Report on vaccination in Madras 1904-1921 - 1904-1921
Year: 1904
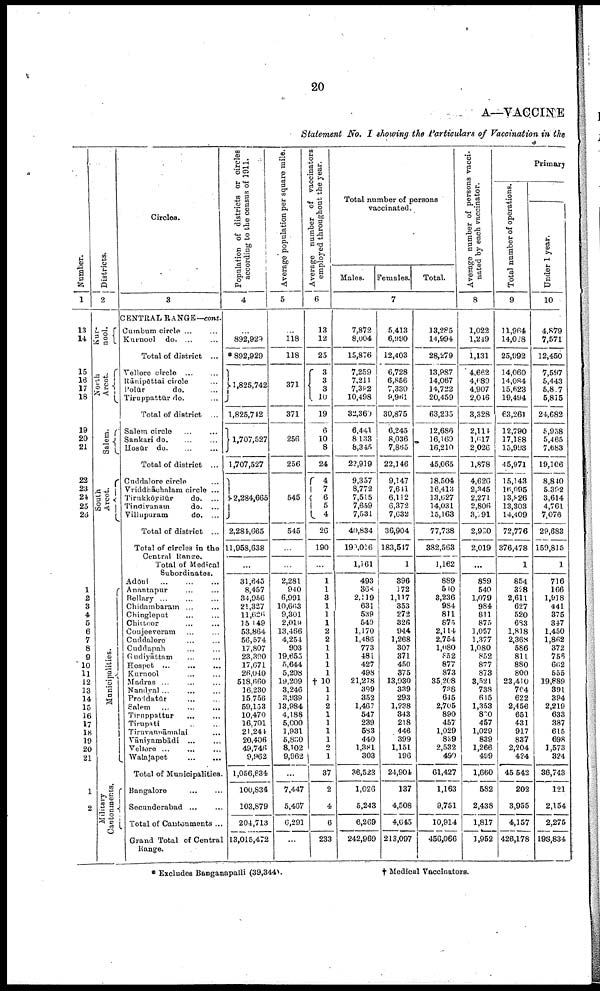
20
A—VACCINE
Statement No. I showing the Particulars of Vaccination in the
Number.
1
13
14
15
18
17
18
19
20
21
22
23
24
25
26
1
2
3
4
5
6
7
8
9
10
11
12
13
14
15
16
17
18
10
20
21
1
2
Districts.
2
Kur-
nool.
North
Arcot.
Salem.
South
Arcot.
Municipalities.
Military
Cantonments.
Circles.
3
CENTRAL RANGE—cant.
Cumbum circle ... ...
Kurnool do. ... ...
Total of district ...
Vellore circle
...
...
Rānipēttai circle ...
Polūr
do. ...
Tiru ppattūr do. ...
Total of district ...
Salem circle ... ...
Sankari do. ... ...
Hosūr do. ... ...
Total of district ...
Cuddalore circle ...
Vriddhāchalam circle ...
Tirukkōyilūr
do. ...
Tindivanam
do. ...
Villupuram
do. ...
Total of district ...
Total of circles in the
Central Range.
Total of Medical
Subordinates.
Adōni
...
...
...
Anantapur ... ...
Bellary ... ... ...
Chidambaram ... ...
Chingleput ... ...
Chittoor ... ...
Conjeeveram ... ...
Cuddalore
...
...
Cuddapah ... ...
Gudiyāttam ... ...
Hospet
...
...
...
Kurnool ... ...
Madras ... ... ...
Nandyal ... ... ...
Proddatūr ... ... ...
Salem ... ... ...
Tiruppattur ... ...
Tirupati ... ...
Tiruvannāmalai ...
Vāniyambādi ... ...
Vellore ...
...
Walajapet
...
...
Total of Municipalities.
Bangalore
...
...
Secunderabad ... ...
Total of Cantonments ...
Grand Total of Central
Range.
Population of districts or circles
according to the census of 1911.
4
...
892,929
* 892,929
1,825,742
1,825,742
1,707,527
1,707,527
2,284,665
2,284,665
11,958,638
...
31,645
8,457
34,956
21,327
11,626
15,149
53,864
56,574
17,807
23,390
17,671
26,040
518,660
16,230
15,756
59,153
10,470
16,701
21,241
20,406
49,746
9,962
1,056,834
100,834
103,879
204,713
13,015,472
Average population per square mile.
5
...
118
118
371
371
256
256
545
545
...
...
2,281
940
6,991
10,663
9,301
2,019
13,466
4,254
903
19,655
5,644
5,208
19,209
3,246
3,939
13,984
4,188
5,000
1,931
5,830
8,102
9,962
...
7,447
5,467
6,291
...
Average number of vaccinators
employed throughout the year.
6
13
12
25
3
3
3
10
19
6
10
8
24
4
7
6
5
4
26
190
...
1
1
3
1
1
1
2
1
1
1
1
1
† 10
1
1
2
1
1
1
1
2
1
37
2
4
6
233
Total number of persons
vaccinated.
Males.
Females.
Total.
7
7,872
8,004
15,876
7,259
7,211
7,302
10,498
32,360
6,441
8,133
8,345
22,919
9,357
8,772
7,515
7,659
7,531
40,834
190,016
1,161
493
368
2,119
631
539
549
1,170
1,486
773
481
427
498
21,278
399
352
1,467
547
239
583
440
1,381
303
36,523
1,026
5,243
6,269
242,969
5,413
6,990
12,403
6,728
6,856
7,330
9,961
30,875
6,245
8,036
7,865
22,146
9,147
7,611
6,112
6,372
7,632
36,904
183,517
1
396
172
1,117
353
272
326
944
1,268
307
371
450
375
13,930
339
293
1,238
343
218
446
399
1,151
196
24,904
137
4,508
4,645
213,097
13,285
14,994
28,279
13,987
14,067
14,722
20,459
63,235
12,686
16,169
16,210
45,065
18,504
16,413
13,627
14,031
15,163
77,738
382,563
1,162
889
510
3,236
984
811
875
2,114
2,754
1,080
852
877
873
35,208
738
645
2,705
890
457
1,029
839
2,532
490
61,427
1,163
9,751
10,914
456,066
Average number of persons vacci-
nated by each vaccinator.
8
1,022
l,219
1,131
4,662
4,689
4,907
2,016
3,328
2,111
1,617
2,026
1,878
4,626
2,345
2,271
2,806
3,191
2,990
2,019
...
889
540
1,079
984
811
875
1,057
1,377
1,080
852
877
873
8,521
738
615
1,353
800
457
1,029
839
1,266
499
1,660
582
2,438
1,817
1,952
Primary
Total number of operations.
9
11,964
14,018
25,992
14,060
14,084
15,623
19,494
63,261
12,790
17,188
15,993
45,971
15,143
16,095
13,826
13,303
14,409
72,776
376,478
1
854
328
2,611
627
520
683
1,818
2,368
586
811
880
800
23,410
704
622
2,456
651
431
917
837
2,204
424
45,542
202
3,955
4,157
426,178
Under 1 year.
10
4,879
7,571
12,450
7,597
5,443
5,807
5,815
24,682
5,958
5,465
7,683
19,106
8,840
5,392
3,614
4,761
7,076
29,683
159,815
1
716
166
1,918
441
375
347
1,450
1,862
372
756
662
555
19,889
391
394
2,219
633
387
615
698
1,573
324
36,743
121
2,154
2,275
198,834
* Excludes Banganapalli (39,344).
† Medical Vaccinators.